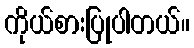
ကိုယ်စားပြုပါတယ်။